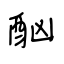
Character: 酗